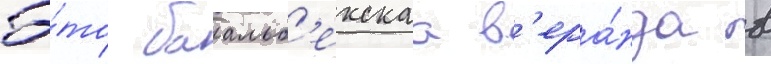
Э́то баальб'екскаа в'ера́нда в